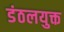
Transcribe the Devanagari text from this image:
डंठलयुक्त